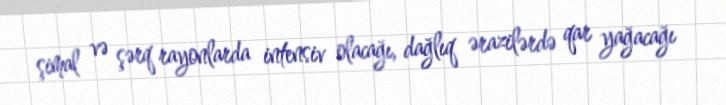
şimal və şərq rayonlarda intensiv olacağı, dağlıq ərazilərdə qar yağacağı